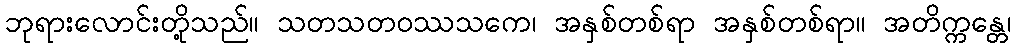
ဘုရားလောင်းတို့သည်။ သတသတဝဿသကေ၊ အနှစ်တစ်ရာ အနှစ်တစ်ရာ။ အတိက္ကန္တေ၊